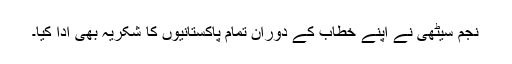
نجم سیٹھی نے اپنے خطاب کے دوران تمام پاکستانیوں کا شکریہ بھی ادا کیا۔